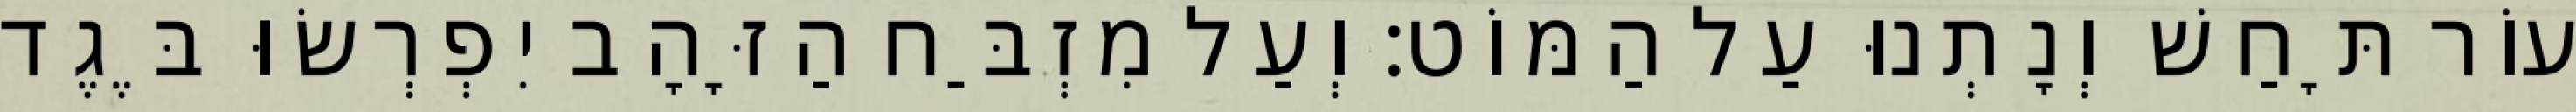
עוֹר תָּחַשׁ וְנָתְנוּ עַל הַמּוֹט׃ וְעַל מִזְבַּח הַזָּהָב יִפְרְשׂוּ בֶּגֶד